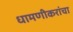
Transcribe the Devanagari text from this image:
धामणीकरांचा